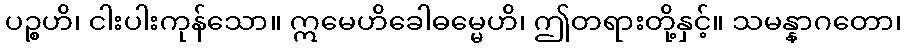
ပဉ္စဟိ၊ ငါးပါးကုန်သော။ ဣမေဟိခေါဓမ္မေဟိ၊ ဤတရားတို့နှင့်။ သမန္နာဂတော၊